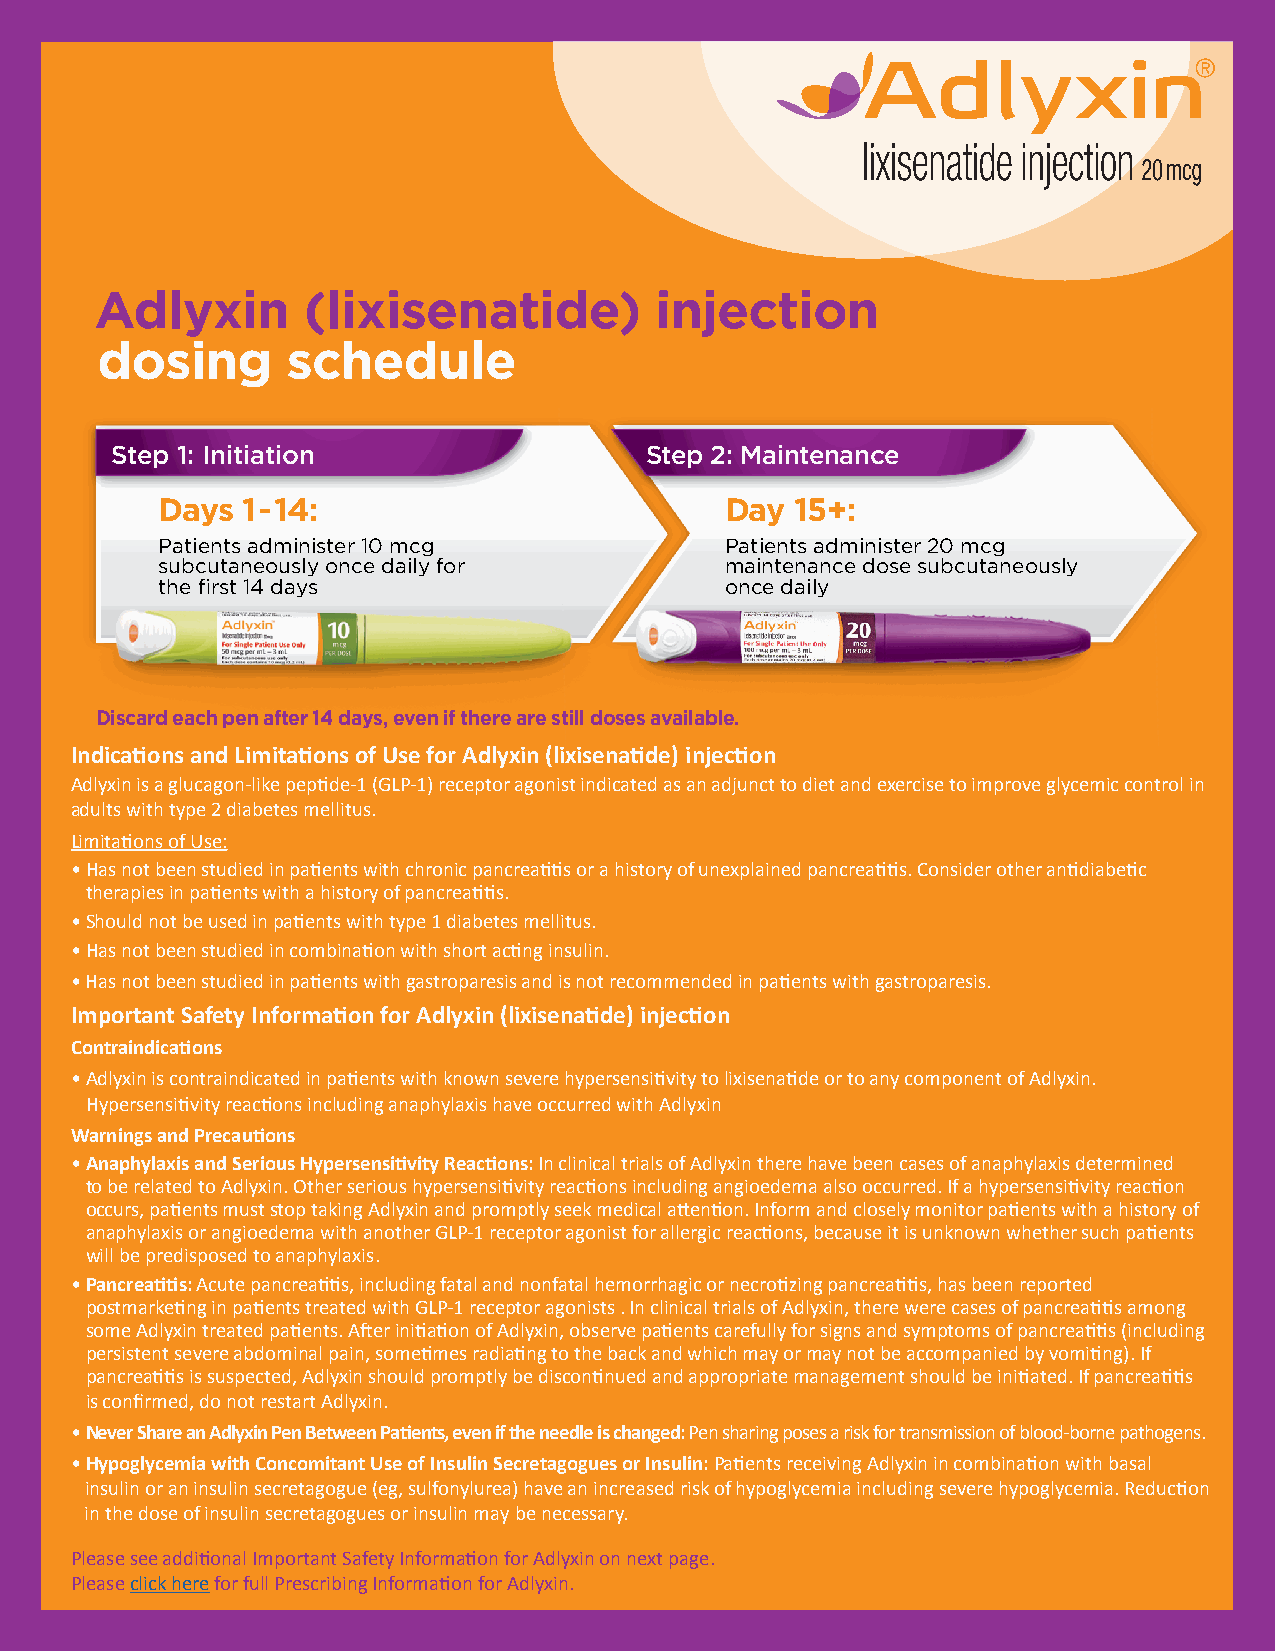
Adlyxin       (lixisenatide)         injection
 dosing       schedule
 Step 1: Initiation                  Step 2: Maintenance
 Days  1-14:                           Day  15+:
 Patients administer 10 mcg            Patients administer 20 mcg
 subcutaneously once daily for         maintenance dose subcutaneously
 the first 14 days                     once daily
 Discard each pen after 14 days, even if there are still doses available.
 Indications and Limitations of Use for Adlyxin (lixisenatide) injection
 Adlyxin is a glucagon-like peptide-1 (GLP-1) receptor agonist indicated as an adjunct to diet and exercise to improve glycemic control in
 adults with type 2 diabetes mellitus.
 Limitations of Use:
 • H as not been studied in patients with chronic pancreatitis or a history of unexplained pancreatitis. Consider other antidiabetic
 therapies in patients with a history of pancreatitis.
 • Should not be used in patients with type 1 diabetes mellitus.
 • H as not been studied in combination with short acting insulin.
 • Has not been studied in patients with gastroparesis and is not recommended in patients with gastroparesis.
 Important Safety Information for Adlyxin (lixisenatide) injection
 Contraindications
 • Adlyxin is contraindicated in patients with known severe hypersensitivity to lixisenatide or to any component of Adlyxin.
 Hypersensitivity reactions including anaphylaxis have occurred with Adlyxin
 Warnings and Precautions
 • Anaphylaxis and Serious Hypersensitivity Reactions: In clinical trials of Adlyxin there have been cases of anaphylaxis determined
 to be related to Adlyxin. Other serious hypersensitivity reactions including angioedema also occurred. If a hypersensitivity reaction
 occurs, patients must stop taking Adlyxin and promptly seek medical attention. Inform and closely monitor patients with a history of
 anaphylaxis or angioedema with another GLP-1 receptor agonist for allergic reactions, because it is unknown whether such patients
 will be predisposed to anaphylaxis.
 • Pancreatitis: Acute pancreatitis, including fatal and nonfatal hemorrhagic or necrotizing pancreatitis, has been reported
 postmarketing in patients treated with GLP-1 receptor agonists . In clinical trials of Adlyxin, there were cases of pancreatitis among
 some Adlyxin treated patients. After initiation of Adlyxin, observe patients carefully for signs and symptoms of pancreatitis (including
 persistent severe abdominal pain, sometimes radiating to the back and which may or may not be accompanied by vomiting). If
 pancreatitis is suspected, Adlyxin should promptly be discontinued and appropriate management should be initiated. If pancreatitis
 is confirmed, do not restart Adlyxin.
 • Never Share an Adlyxin Pen Between Patients, even if the needle is changed: Pen sharing poses a risk for transmission of blood-borne pathogens.
 • Hypoglycemia with Concomitant Use of Insulin Secretagogues or Insulin: Patients receiving Adlyxin in combination with basal
 insulin or an insulin secretagogue (eg, sulfonylurea) have an increased risk of hypoglycemia including severe hypoglycemia. Reduction
 in the dose of insulin secretagogues or insulin may be necessary.
 Please see additional Important Safety Information for Adlyxin on next page.
 Please click here for full Prescribing Information for Adlyxin.